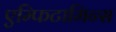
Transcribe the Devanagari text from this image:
एम्फिटामिन्स